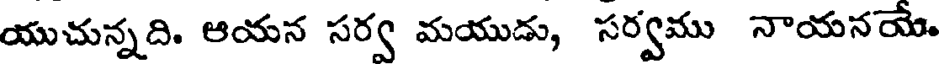
యుచున్నది. ఆయన సర్వ మయుడు, సర్వము నాయనయే